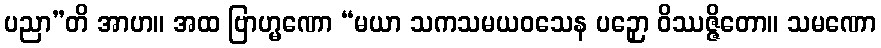
ပညာ”တိ အာဟ။ အထ ဗြာဟ္မဏော “မယာ သကသမယဝသေန ပဉှော ဝိဿဇ္ဇိတော။ သမဏော